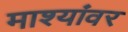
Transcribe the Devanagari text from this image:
माश्यांवर